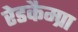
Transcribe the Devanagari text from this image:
रेडकैम्प्रा